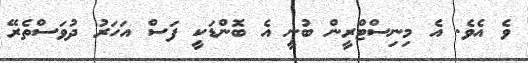
ވެ އެވެ. އެ މިނިސްޓްރީން ބުނީ އެ ބޮންޑަކީ ފަސް އަހަރު ދުވަސްތެރޭ